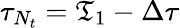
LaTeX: \tau_{N_{t}}=\mathfrak{T}_{1}-\Delta\tau